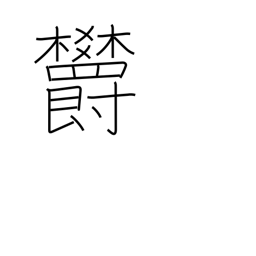
Meaning: depression